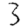
Digit: 3